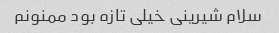
سلام شیرینی خیلی تازه بود ممنونم